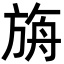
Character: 𣃼